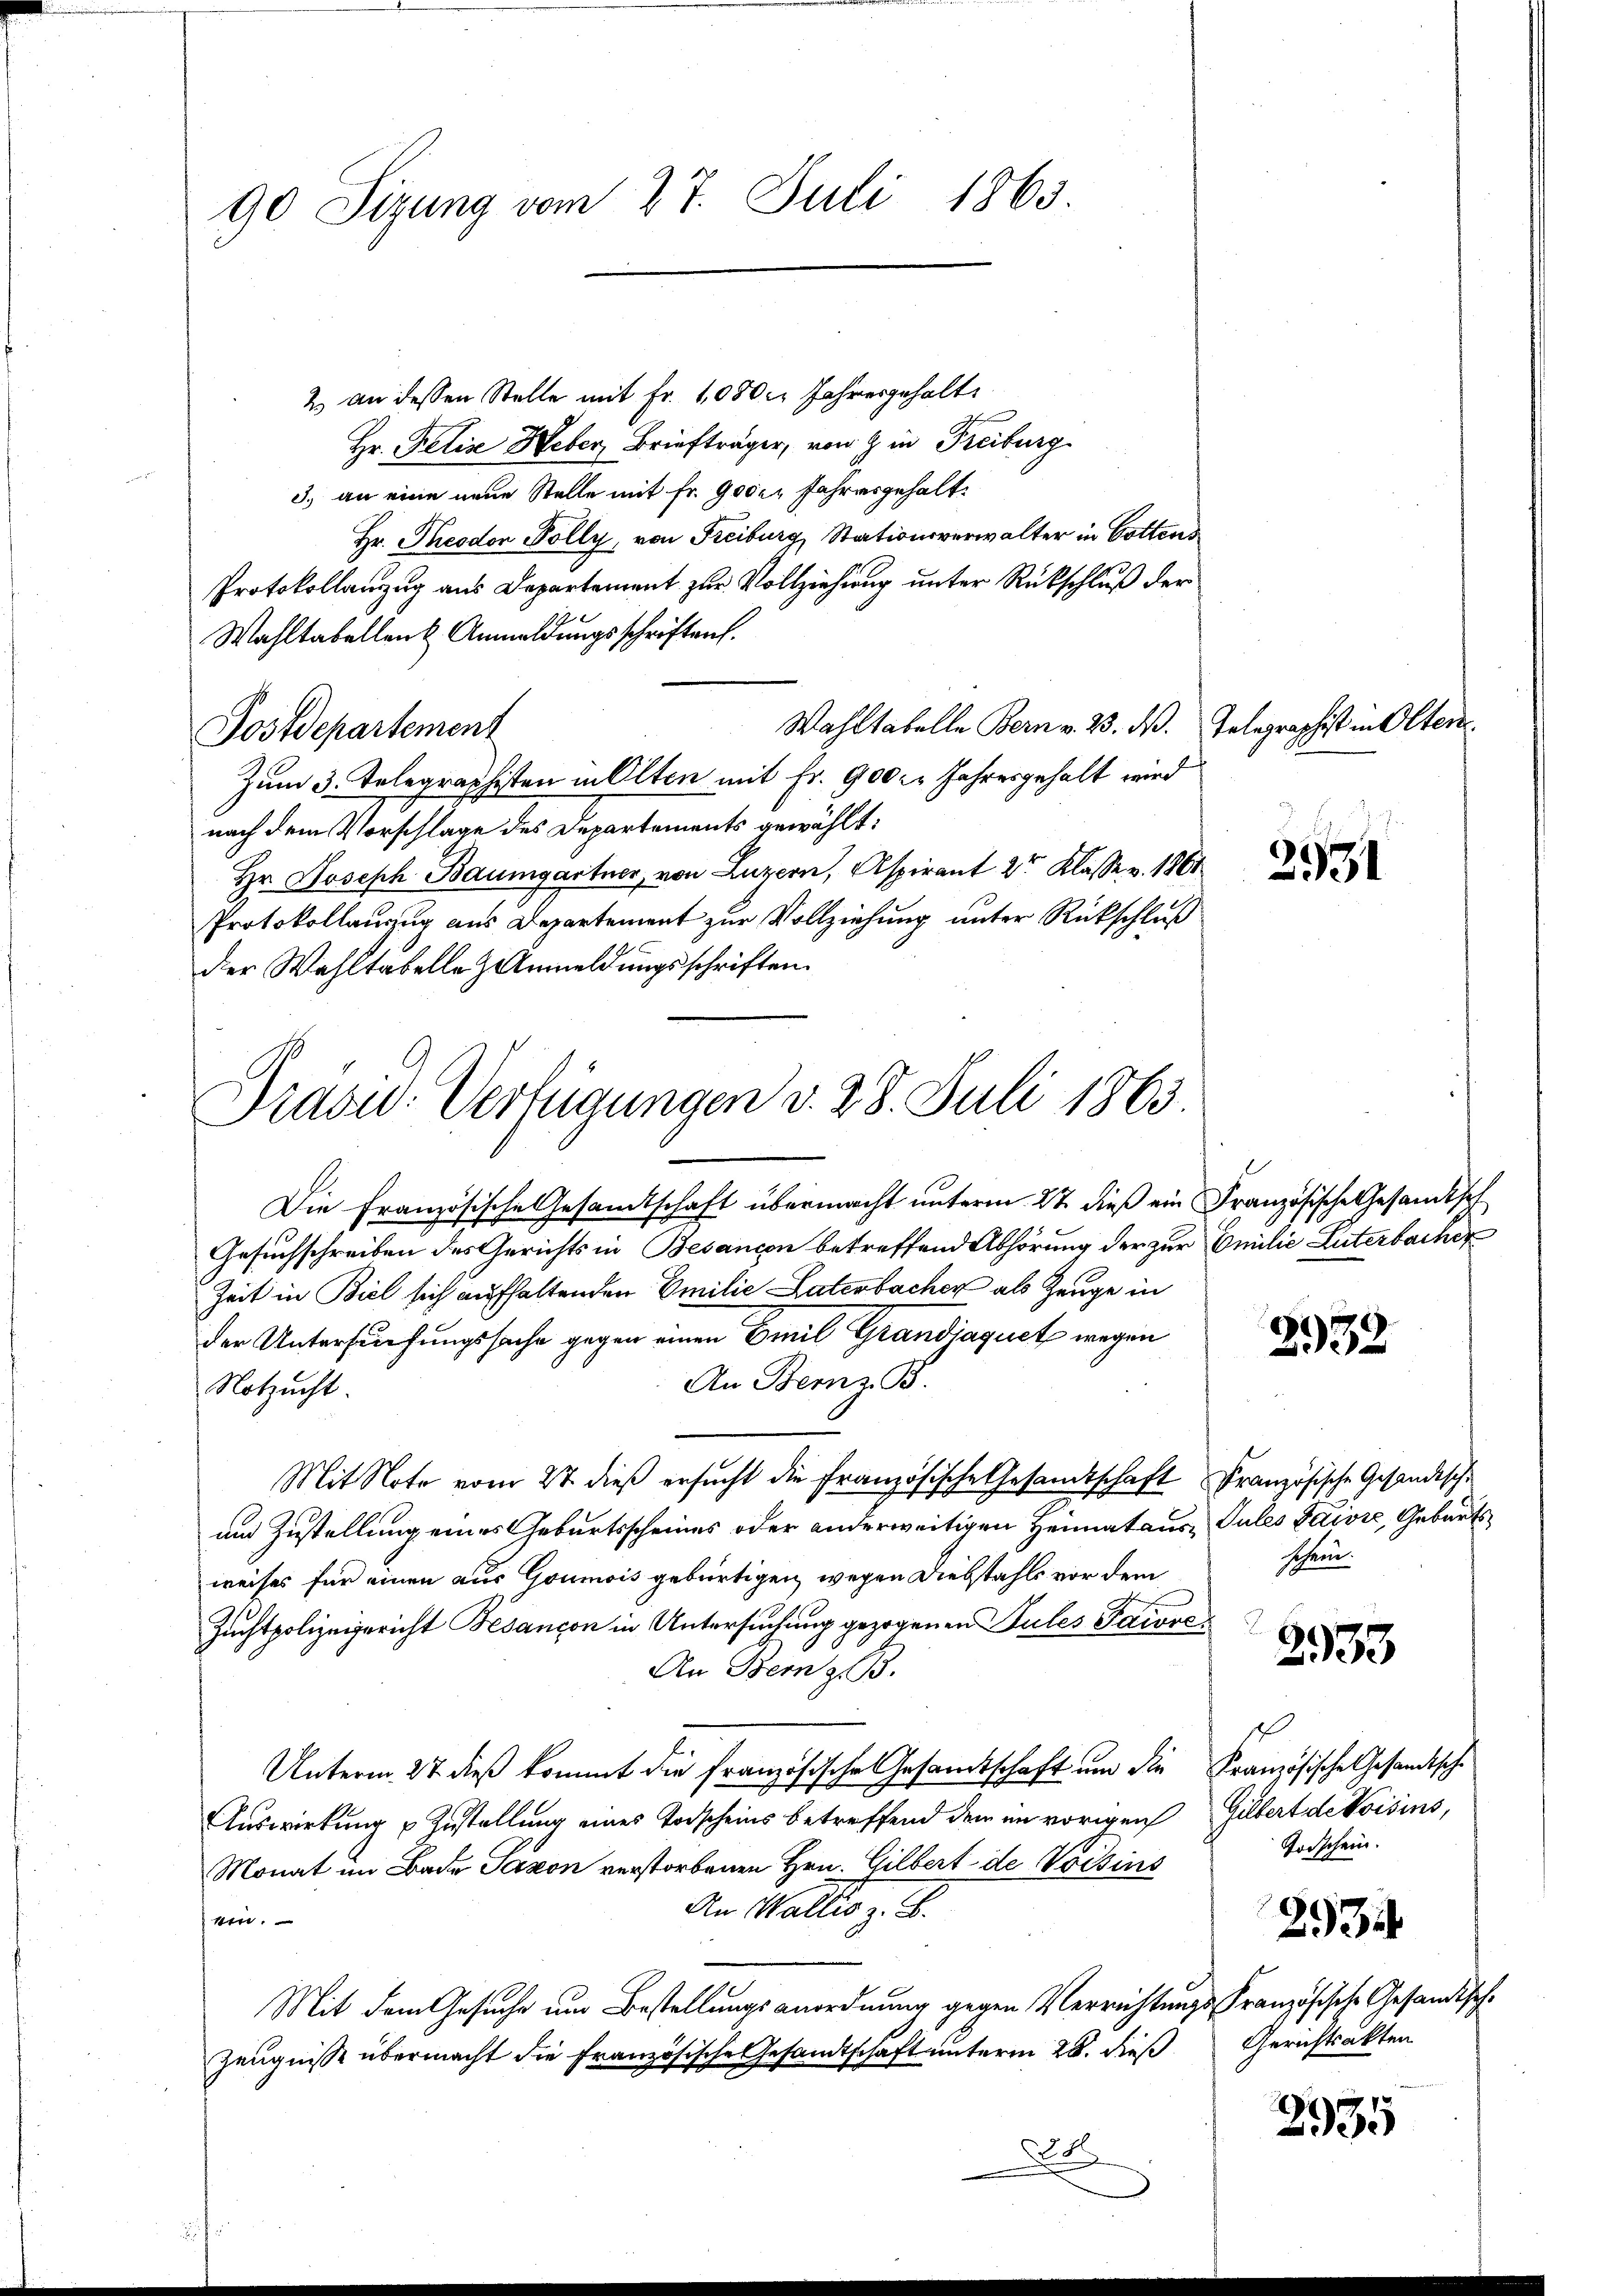
90 Sizung vom 27. Juli 1863

2. an dessen Stelle mit Fr. 1080 l. Jahresgehalte
Hr. Pelis Heber, Briefträger, von 9 in Freiburg
3.) an eine neue Stelle mit Fr. 900er Jahresgehalt¬
Hr. Theodor Polly, von Freiburg, Stationsverwalter in Gottens
Protokollanzug aus Departement zur Vollziehung unter Rückschluß der
Wahltabellen Anmeldungsschriften.
Wahltabelle Bern v. 23. dß. Telegraphist in Oltern
Postdepartement
Zum 3. Telegraphisten in Olten mit Fr. 900 Jahresgehalt wird
nach dem Vorschlage des Departements gewählt:
Hr. Joseph Baumgartner, von Luzern, Aspirant 2r Klasse v. 1861
Protokollanzug aus Departement zur Vollziehung unter Rückschluß
der Wahltabelle Anmeldungsschriften.
Prave. Verfügungen d. 28. Juli 1863.

Die Französische Gesamtschaft übermacht unterm 27. dieß ein Französische Gesandtsch
Gesuchschreiben des Gerichts in Besançon betreffend Abhörung der zur Emilie Luterbachen
Zeit in Biel sich aufhaltenden Emilie Laterbacher als Zeuge in
der Untersuchungssache gegen einen Emil Grandjaquet wegen
An Bernz. B.
Notzucht.
Mit Note vom 2t dieß ersucht die Französische Gesandtschaft Französische Gesandische
um Zustellung eines Geburtsscheines oder anderweitigen Heimataus Gutes Kaiser, Geburtsweises für einen aus Goumois gebürtigen, wegen Diebstahls vor dem
Zuchtpolizeigericht Besançon in Untersuchung gezogenen Pules Paiore¬
An Bern zu.
Unterm 27 dieß kommt die französische Gesamtschaft um die Französische Gesandtsche
Auswirkung & Zustellung eines Todscheins betreffend dem im vorigen
Monat im Bade Paron verstorbenen Hrn. Gilbert de Vorsins
An Wallis z. B.
1
Mit dem Gesuche um Bestellungsanordnung gegen Verrichtungs Französische Gesandtsch¬
Zeugnisse übermacht die Französische Gesandtschaft unterm 28. dieß
o

2531

2932

schern.

2533

Gilbert de Voisins,
Todschein.

2934

Gerichtsakten

2935